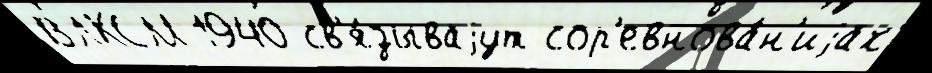
ВЛКСМ 1940 св'я́зываjут сор'евнова́н'иjах